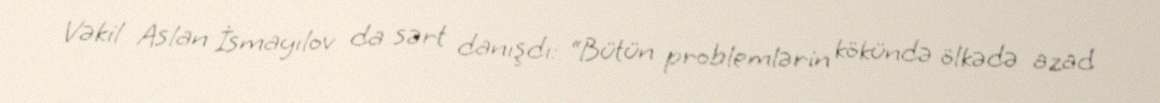
Vəkil Aslan İsmayılov da sərt danışdı: “Bütün problemlərin kökündə ölkədə azad